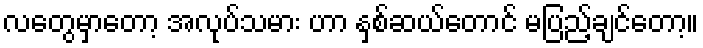
လတွေမှာတော့ အလုပ်သမား ဟာ နှစ်ဆယ်တောင် မပြည့်ချင်တော့။